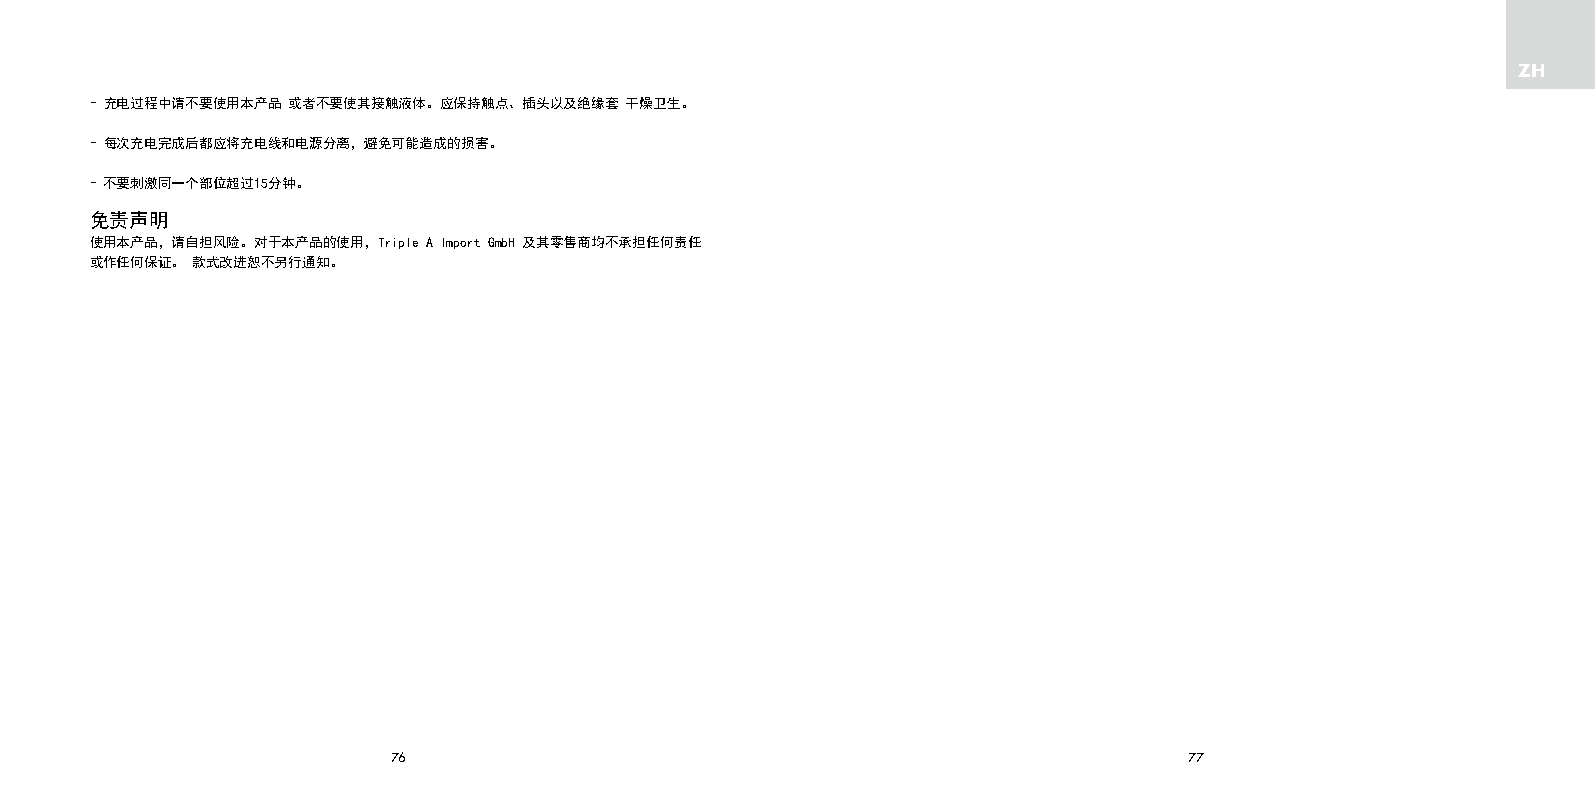
ZH
 - 充电过程中请不要使用本产品 或者不要使其接触液体。应保持触点、插头以及绝缘套 干燥卫生。
 - 每次充电完成后都应将充电线和电源分离，避免可能造成的损害。
 - 不要刺激同一个部位超过15分钟。
 免责声明
 使用本产品，请自担风险。对于本产品的使用，Triple A Import GmbH 及其零售商均不承担任何责任
 或作任何保证。 款式改进恕不另行通知。
 76                                                   77